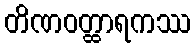
တိဏဝတ္ထာရကဿ